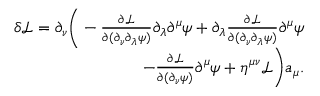
\begin{array} { r } { \delta \mathcal { L } = \partial _ { \nu } \bigg ( - \frac { \partial \mathcal { L } } { \partial ( \partial _ { \nu } \partial _ { \lambda } \psi ) } \partial _ { \lambda } \partial ^ { \mu } \psi + \partial _ { \lambda } \frac { \partial \mathcal { L } } { \partial ( \partial _ { \nu } \partial _ { \lambda } \psi ) } \partial ^ { \mu } \psi } \\ { - \frac { \partial \mathcal L } { \partial ( \partial _ { \nu } \psi ) } \partial ^ { \mu } \psi + \eta ^ { \mu \nu } \mathcal { L } \bigg ) a _ { \mu } . } \end{array}